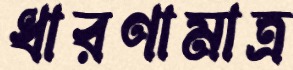
ধারণামাত্র